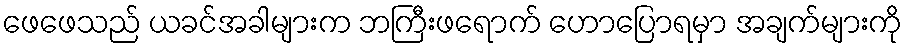
ဖေဖေသည် ယခင်အခါများက ဘကြီးဖရောက် ဟောပြောရမှာ အချက်များကို